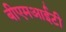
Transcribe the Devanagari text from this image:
बीएमआईटी